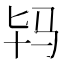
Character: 𱅀